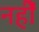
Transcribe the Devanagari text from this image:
नहीें